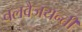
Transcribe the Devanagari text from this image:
चलवैजयन्ती